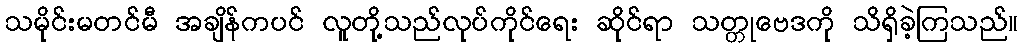
သမိုင်းမတင်မီ အချိန်ကပင် လူတို့သည်လုပ်ကိုင်ရေး ဆိုင်ရာ သတ္တုဗေဒကို သိရှိခဲ့ကြသည်။